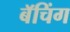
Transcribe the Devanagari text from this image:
बॅचिंग